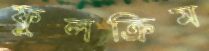
ফুলক্রিম